Report of an investigation into the causes of malaria in Bombay and the measures necessary for its control
Disease focus: Malaria
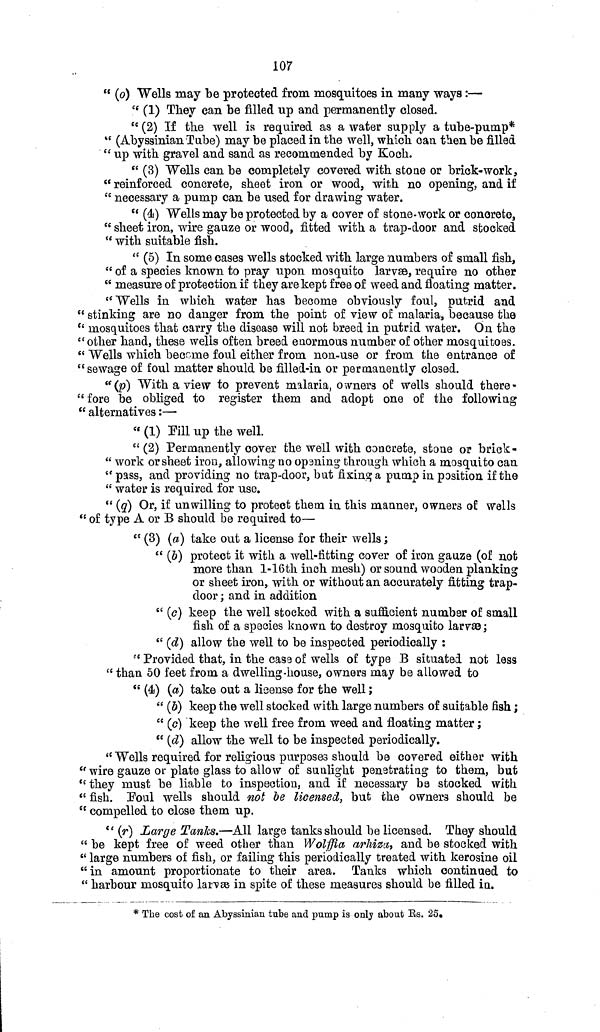
107
" (o) Wells may be protected from mosquitoes in many ways :—
" (1) They can be filled up and permanently closed.
" (2) If the well is required as a water supply a tube-pump*
" (Abyssinian Tube) may be placed in the well, which can then be filled
" up with gravel and sand as recommended by Koch.
" (3) Wells can be completely covered with stone or brick-work,
" reinforced concrete, sheet iron or wood, with no opening, and if
" necessary a pump can be used for drawing water.
" (4) Wells may be protected by a cover of stone-work or concrete,
" sheet iron, wire gauze or wood, fitted with a trap-door and stocked
" with suitable fish.
" (5) In some cases wells stocked with large numbers of small fish,
" of a species known to pray upon mosquito larvae, require no other
" measure of protection if they are kept free of weed and floating matter.
"Wells in which water has becorn8 obviously foul, putrid and
" stinking are no danger from the point of view of malaria, because the
" mosquitoes that carry the disease will not breed in putrid water. On the
"other hand, these wells often breed enormous number of other mosquitoes.
" Wells which become foul either from non-use or from the entrance of
"sewage of foul matter should be filled-in or permanently closed.
"(p) With a view to prevent malaria, owners of wells should there-
" fore be obliged to register them and adopt one of the following
" alternatives:—
" (1) Fill up the well.
"(2) Permanently cover the well with concrete, stone or brick -
" work or sheet iron, allowing no opening through which a mosquito can
" pass, and providing no trap-door, but fixing a pump in position if the
" water is required for use.
" (q) Or, if unwilling to protect them in this manner, owners of walls
" of type A or B should be required to—
" (3) (a) take out a license for their wells;
" (b) protect it with a well-fitting cover of iron gauze (of not
more than 1-16th inch mesh) or sound wooden planking
or sheet iron, with or without an accurately fitting trap-
door ; and in addition
" (c) keep the well stocked with a sufficient number of small
fish of a species known to destroy mosquito larvae;
" (d) allow the well to be inspected periodically :
" Provided that, in the case of wells of type B situated not less
" than 50 feet from a dwelling-house, owners may be allowed to
" (4) (a) take out a license for the well;
" (5) keep the well stocked with large numbers of suitable fish;
" (c) keep the well free from weed and floating matter;
" (d) allow the well to be inspected periodically.
" Wells required for religious purposes should be covered either with
" wire gauze or plate glass to allow of sunlight penetrating to them, but
"they must be liable to inspection, and if necessary be stocked with
" fish. [Foul wells should not be licensed, but the owners should be
" compelled to close them up.
" (r) Large Tanks.—All large tanks should be licensed. They should
" be kept free of weed other than Wolffia arhiza, and be stocked with
" large numbers of fish, or failing this periodically treated with kerosine oil
" in amount proportionate to their area. Tanks which continued to
* The cost of an Abyssinian tube and pump is only about Rs. 25.